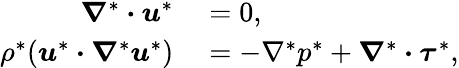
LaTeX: \begin{array}{rl}{\boldsymbol{\nabla}^{*}\boldsymbol{\cdot}\boldsymbol{u}^{*}}&{{}=0,}\\ {\rho^{*}(\boldsymbol{u}^{*}\boldsymbol{\cdot}\boldsymbol{\nabla}^{*}\boldsymbol{u}^{*})}&{{}=-\nabla^{*}p^{*}+\boldsymbol{\nabla}^{*}\boldsymbol{\cdot}\boldsymbol{\tau}^{*},}\end{array}